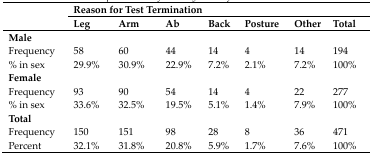
<table><thead><tr><td rowspan="2"></td><td colspan="7"><b>Reason for Test Termination</b></td></tr><tr><td><b>Leg</b></td><td><b>Arm</b></td><td><b>Ab</b></td><td><b>Back</b></td><td><b>Posture</b></td><td><b>Other</b></td><td><b>Total</b></td></tr></thead><tbody><tr><td><b>Male</b></td><td></td><td></td><td></td><td></td><td></td><td></td><td></td></tr><tr><td>Frequency</td><td>58</td><td>60</td><td>44</td><td>14</td><td>4</td><td>14</td><td>194</td></tr><tr><td>% in sex</td><td>29.9%</td><td>30.9%</td><td>22.9%</td><td>7.2%</td><td>2.1%</td><td>7.2%</td><td>100%</td></tr><tr><td><b>Female</b></td><td></td><td></td><td></td><td></td><td></td><td></td><td></td></tr><tr><td>Frequency</td><td>93</td><td>90</td><td>54</td><td>14</td><td>4</td><td>22</td><td>277</td></tr><tr><td>% in sex</td><td>33.6%</td><td>32.5%</td><td>19.5%</td><td>5.1%</td><td>1.4%</td><td>7.9%</td><td>100%</td></tr><tr><td><b>Total</b></td><td></td><td></td><td></td><td></td><td></td><td></td><td></td></tr><tr><td>Frequency</td><td>150</td><td>151</td><td>98</td><td>28</td><td>8</td><td>36</td><td>471</td></tr><tr><td>Percent</td><td>32.1%</td><td>31.8%</td><td>20.8%</td><td>5.9%</td><td>1.7%</td><td>7.6%</td><td>100%</td></tr></tbody></table>